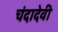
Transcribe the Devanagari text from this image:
चंदादेवी